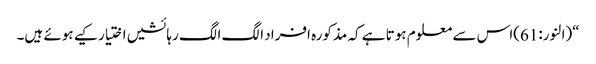
“(النور:61)اس سے معلوم ہوتا ہے کہ مذکورہ افراد الگ الگ رہائشیں اختیار کیے ہوئے ہیں۔